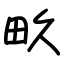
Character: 畂